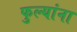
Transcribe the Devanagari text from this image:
फुल्यांना